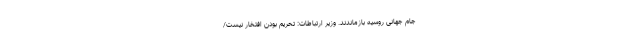
جام جهانی روسیه بازماندند. وزیر ارتباطات: تحریم بودن افتخار نیست/